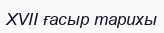
XVII ғасыр тарихы